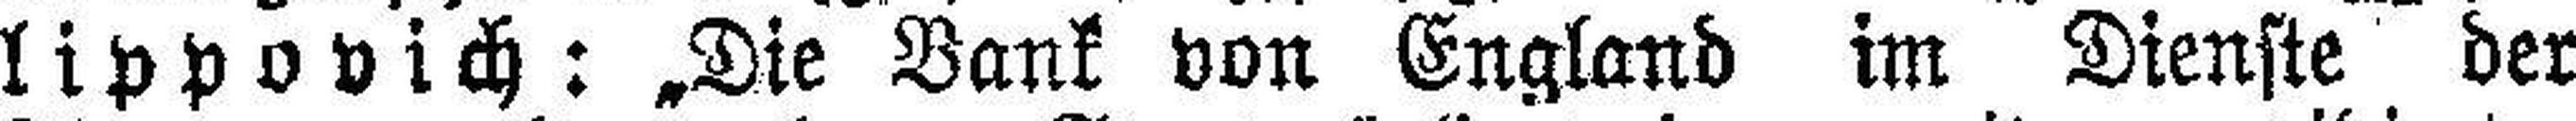
lippovich : „Die Bank von England im Dienste der